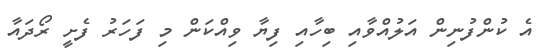
އެ ކުންފުނިން އަލުއްވާއި ބިހާއި ފިޔާ ވިއްކަން މި ފަހަރު ފެށީ ރޯދައާ